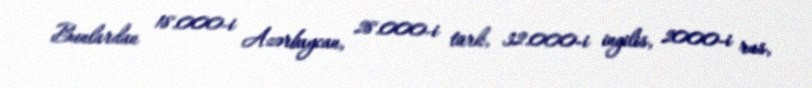
Bunlardan 18.000-i Azərbaycan, 28.000-i türk, 32.000-i ingilis, 2000-i rus,